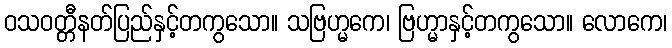
ဝသဝတ္တီနတ်ပြည်နှင့်တကွသော။ သဗြဟ္မကေ၊ ဗြဟ္မာနှင့်တကွသော။ လောကေ၊